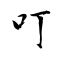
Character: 叮